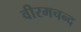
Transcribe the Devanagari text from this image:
वीरमचन्द